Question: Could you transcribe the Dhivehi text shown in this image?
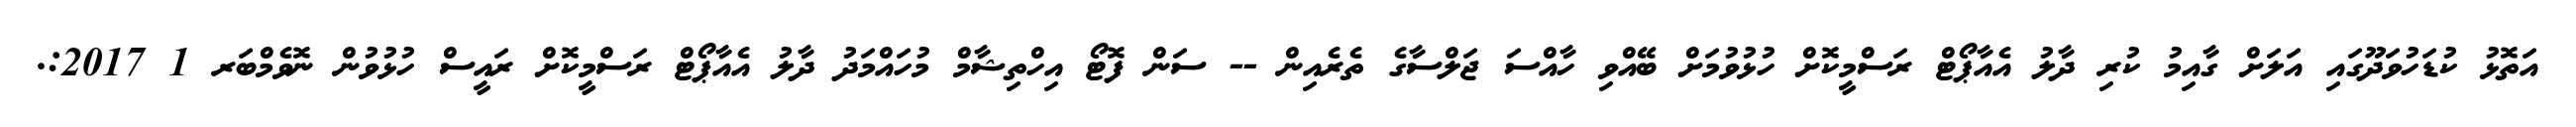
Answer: އަތޮޅު ކުޑަހުވަދޫގައި އަލަށް ގާއިމު ކުރި ދާލު އެއާޕޯޓް ރަސްމީކޮށް ހުޅުވުމަށް ބޭއްވި ހާއްސަ ޖަލްސާގެ ތެރެއިން -- ސަން ފޮޓޯ އިހްތިޝާމް މުހައްމަދު ދާލު އެއާޕޯޓް ރަސްމީކޮށް ރައީސް ހުޅުވުން ނޮވެމްބަރ 1 2017:.